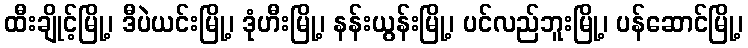
ထီးချိုင့်မြို့၊ ဒီပဲယင်းမြို့၊ ဒုံဟီးမြို့၊ နန်းယွန်းမြို့၊ ပင်လည်ဘူးမြို့၊ ပန်ဆောင်မြို့၊